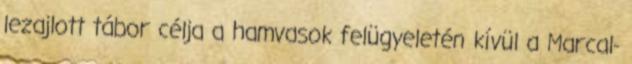
lezajlott tábor célja a hamvasok felügyeletén kívül a Marcal-